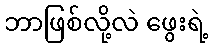
ဘာဖြစ်လို့လဲ ဖွေးရဲ့